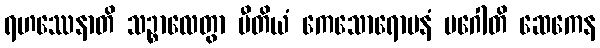
ရဟဿေနာတိ သဉ္စာလေတွာ ပီတိယံ ကေသောရောပနံ မဂေါတိ ဆေကေန